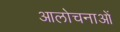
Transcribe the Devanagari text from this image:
आलोचनाआें